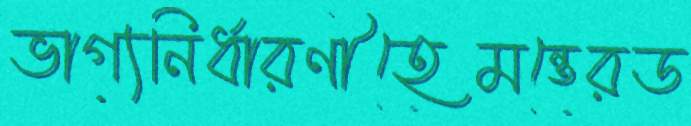
ভাগ্যনির্ধারণীহেমন্তেরড